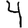
Digit: 4